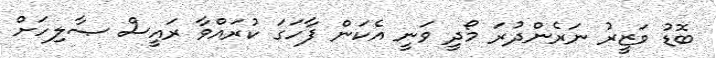
ބޮޑު ވަޒީރު ނަރެންދުރަ މޯދީ ވަނީ އެކަން ފާހަގަ ކުރައްވާ ރައީސް ޞާލިހަށް